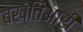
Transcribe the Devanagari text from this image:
बख्तिआरी